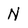
Character: N